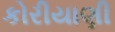
કોરીયાણી